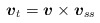
\begin{align*}\mbox{\mathversion{bold}$v$}_{t}=\mbox{\mathversion{bold}$v$}\times \mbox{\mathversion{bold}$v$}_{ss}\end{align*}